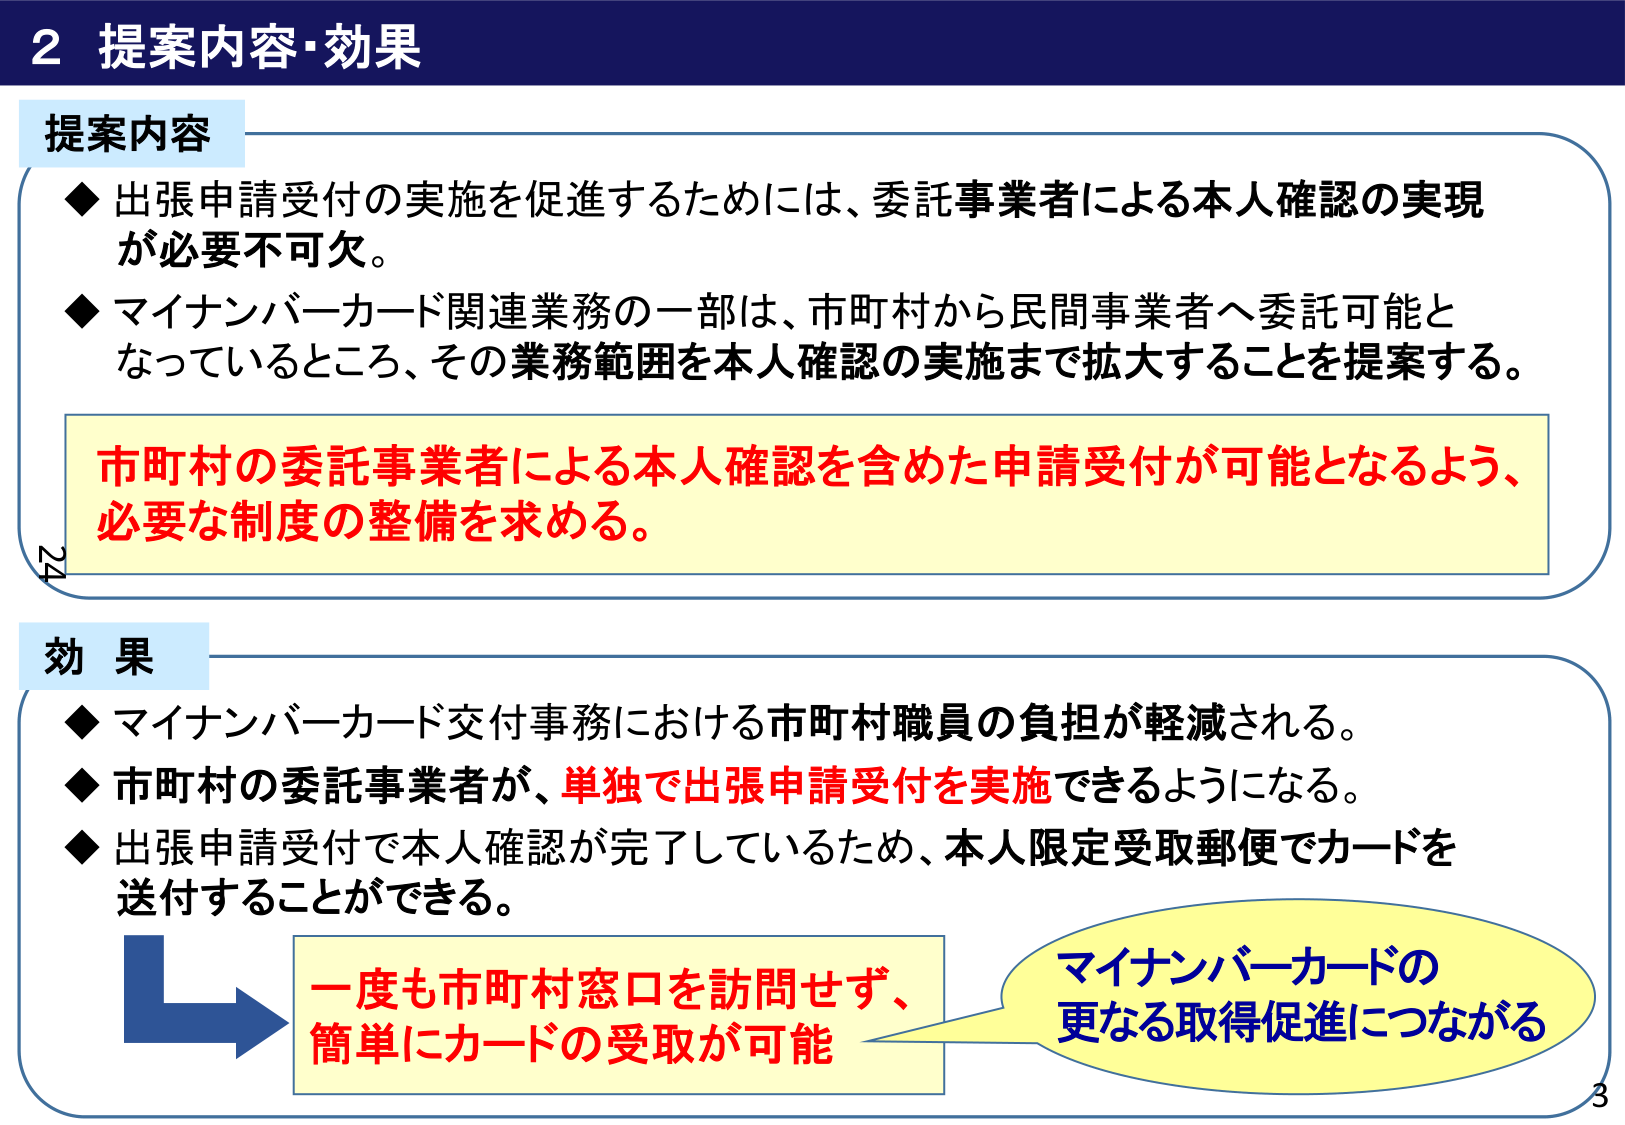
2 提案内容・効果

提案内容
◆ 出張申請受付の実施を促進するためには、委託事業者による本人確認の実現が必要不可欠。
◆ マイナンバーカード関連業務の一部は、市町村から民間事業者へ委託可能となっているところ、その業務範囲を本人確認の実施まで拡大することを提案する。

市町村の委託事業者による本人確認を含めた申請受付が可能となるよう、必要な制度の整備を求める。

効果
◆ マイナンバーカード交付事務における市町村職員の負担が軽減される。
◆ 市町村の委託事業者が、単独で出張申請受付を実施できるようになる。
◆ 出張申請受付で本人確認が完了しているため、本人限定受取郵便でカードを送付することができる。

一度も市町村窓口を訪問せず、簡単にカードの受取が可能

マイナンバーカードの更なる取得促進につながる

24
3